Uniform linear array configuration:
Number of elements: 4
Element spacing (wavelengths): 0.75
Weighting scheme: uniform
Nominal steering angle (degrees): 0
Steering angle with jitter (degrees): -1.565
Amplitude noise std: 0.05
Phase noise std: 0.05

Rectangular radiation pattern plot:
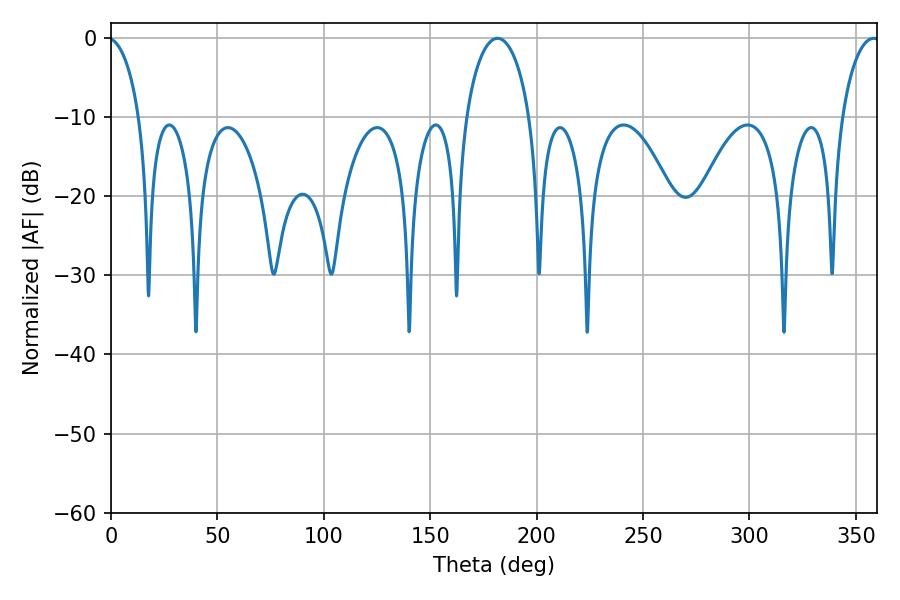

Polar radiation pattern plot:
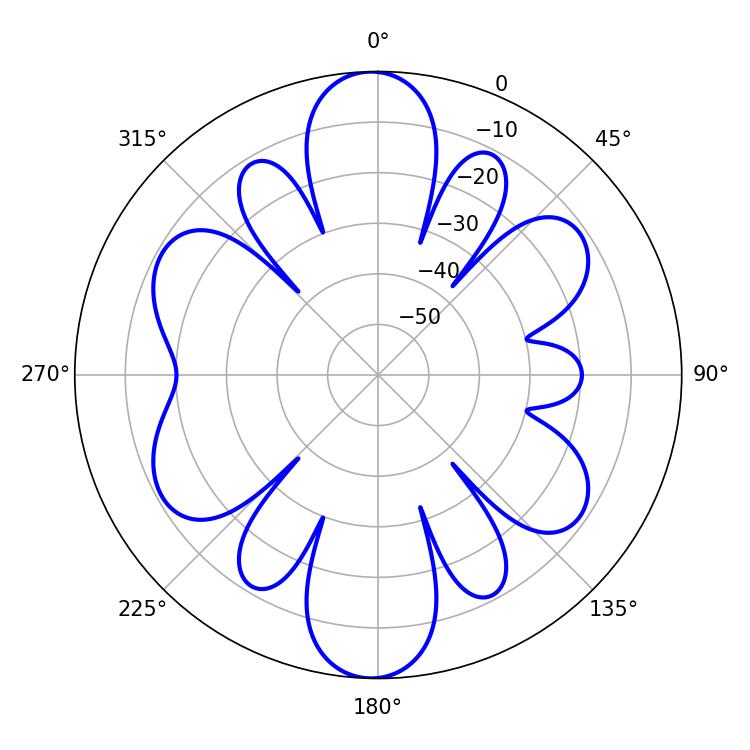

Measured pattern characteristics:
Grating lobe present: TRUE
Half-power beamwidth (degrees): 17.28
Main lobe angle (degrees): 181.62